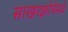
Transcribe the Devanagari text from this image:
साखरझोपेमधे